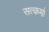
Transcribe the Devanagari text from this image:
सत्कर्मो